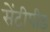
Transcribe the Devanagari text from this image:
सेंटीपीड